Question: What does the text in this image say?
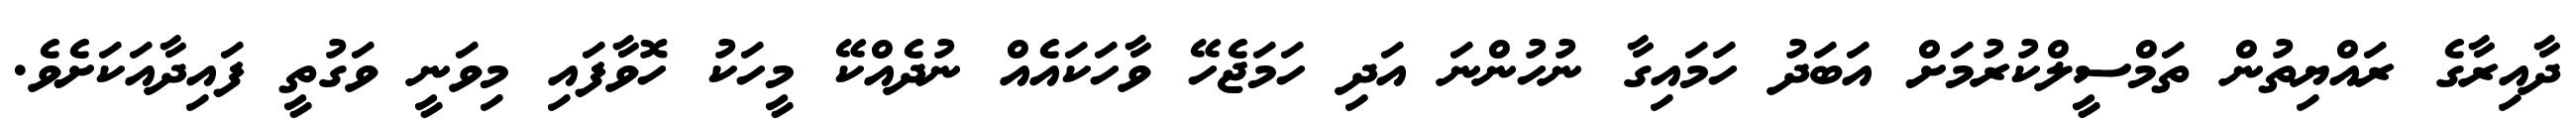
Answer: ދާއިރާގެ ރައްޔިތުން ތަމްސީލްކުރުމަށް އަބަދު ހަމައިގާ ނުހުންނަ އަދި ހަމަޖެހޭ ވާހަކައެއް ނުދެއްކޭ މީހަކު ހޮވާފައި މިވަނީ ވަގުތީ ފައިދާއަކަށެވެ.